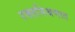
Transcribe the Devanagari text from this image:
रक्तमिश्रणात